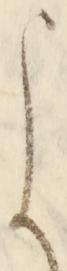
よ